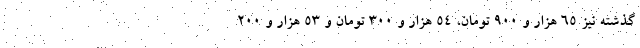
گذشته نیز ۶۵ هزار و ۹۰۰ تومان، ۵۴ هزار و ۳۰۰ تومان و ۵۳ هزار و ۲۰۰